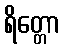
ရိတ္တော